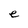
Character: e